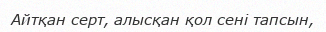
Айтқан серт, алысқан қол сені тапсын,